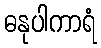
ဓနုပါကာရံ